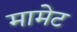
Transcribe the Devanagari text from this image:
मामेट